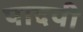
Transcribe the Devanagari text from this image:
पादपी